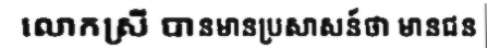
លោកស្រី បានមានប្រសាសន៍ថា មានជន